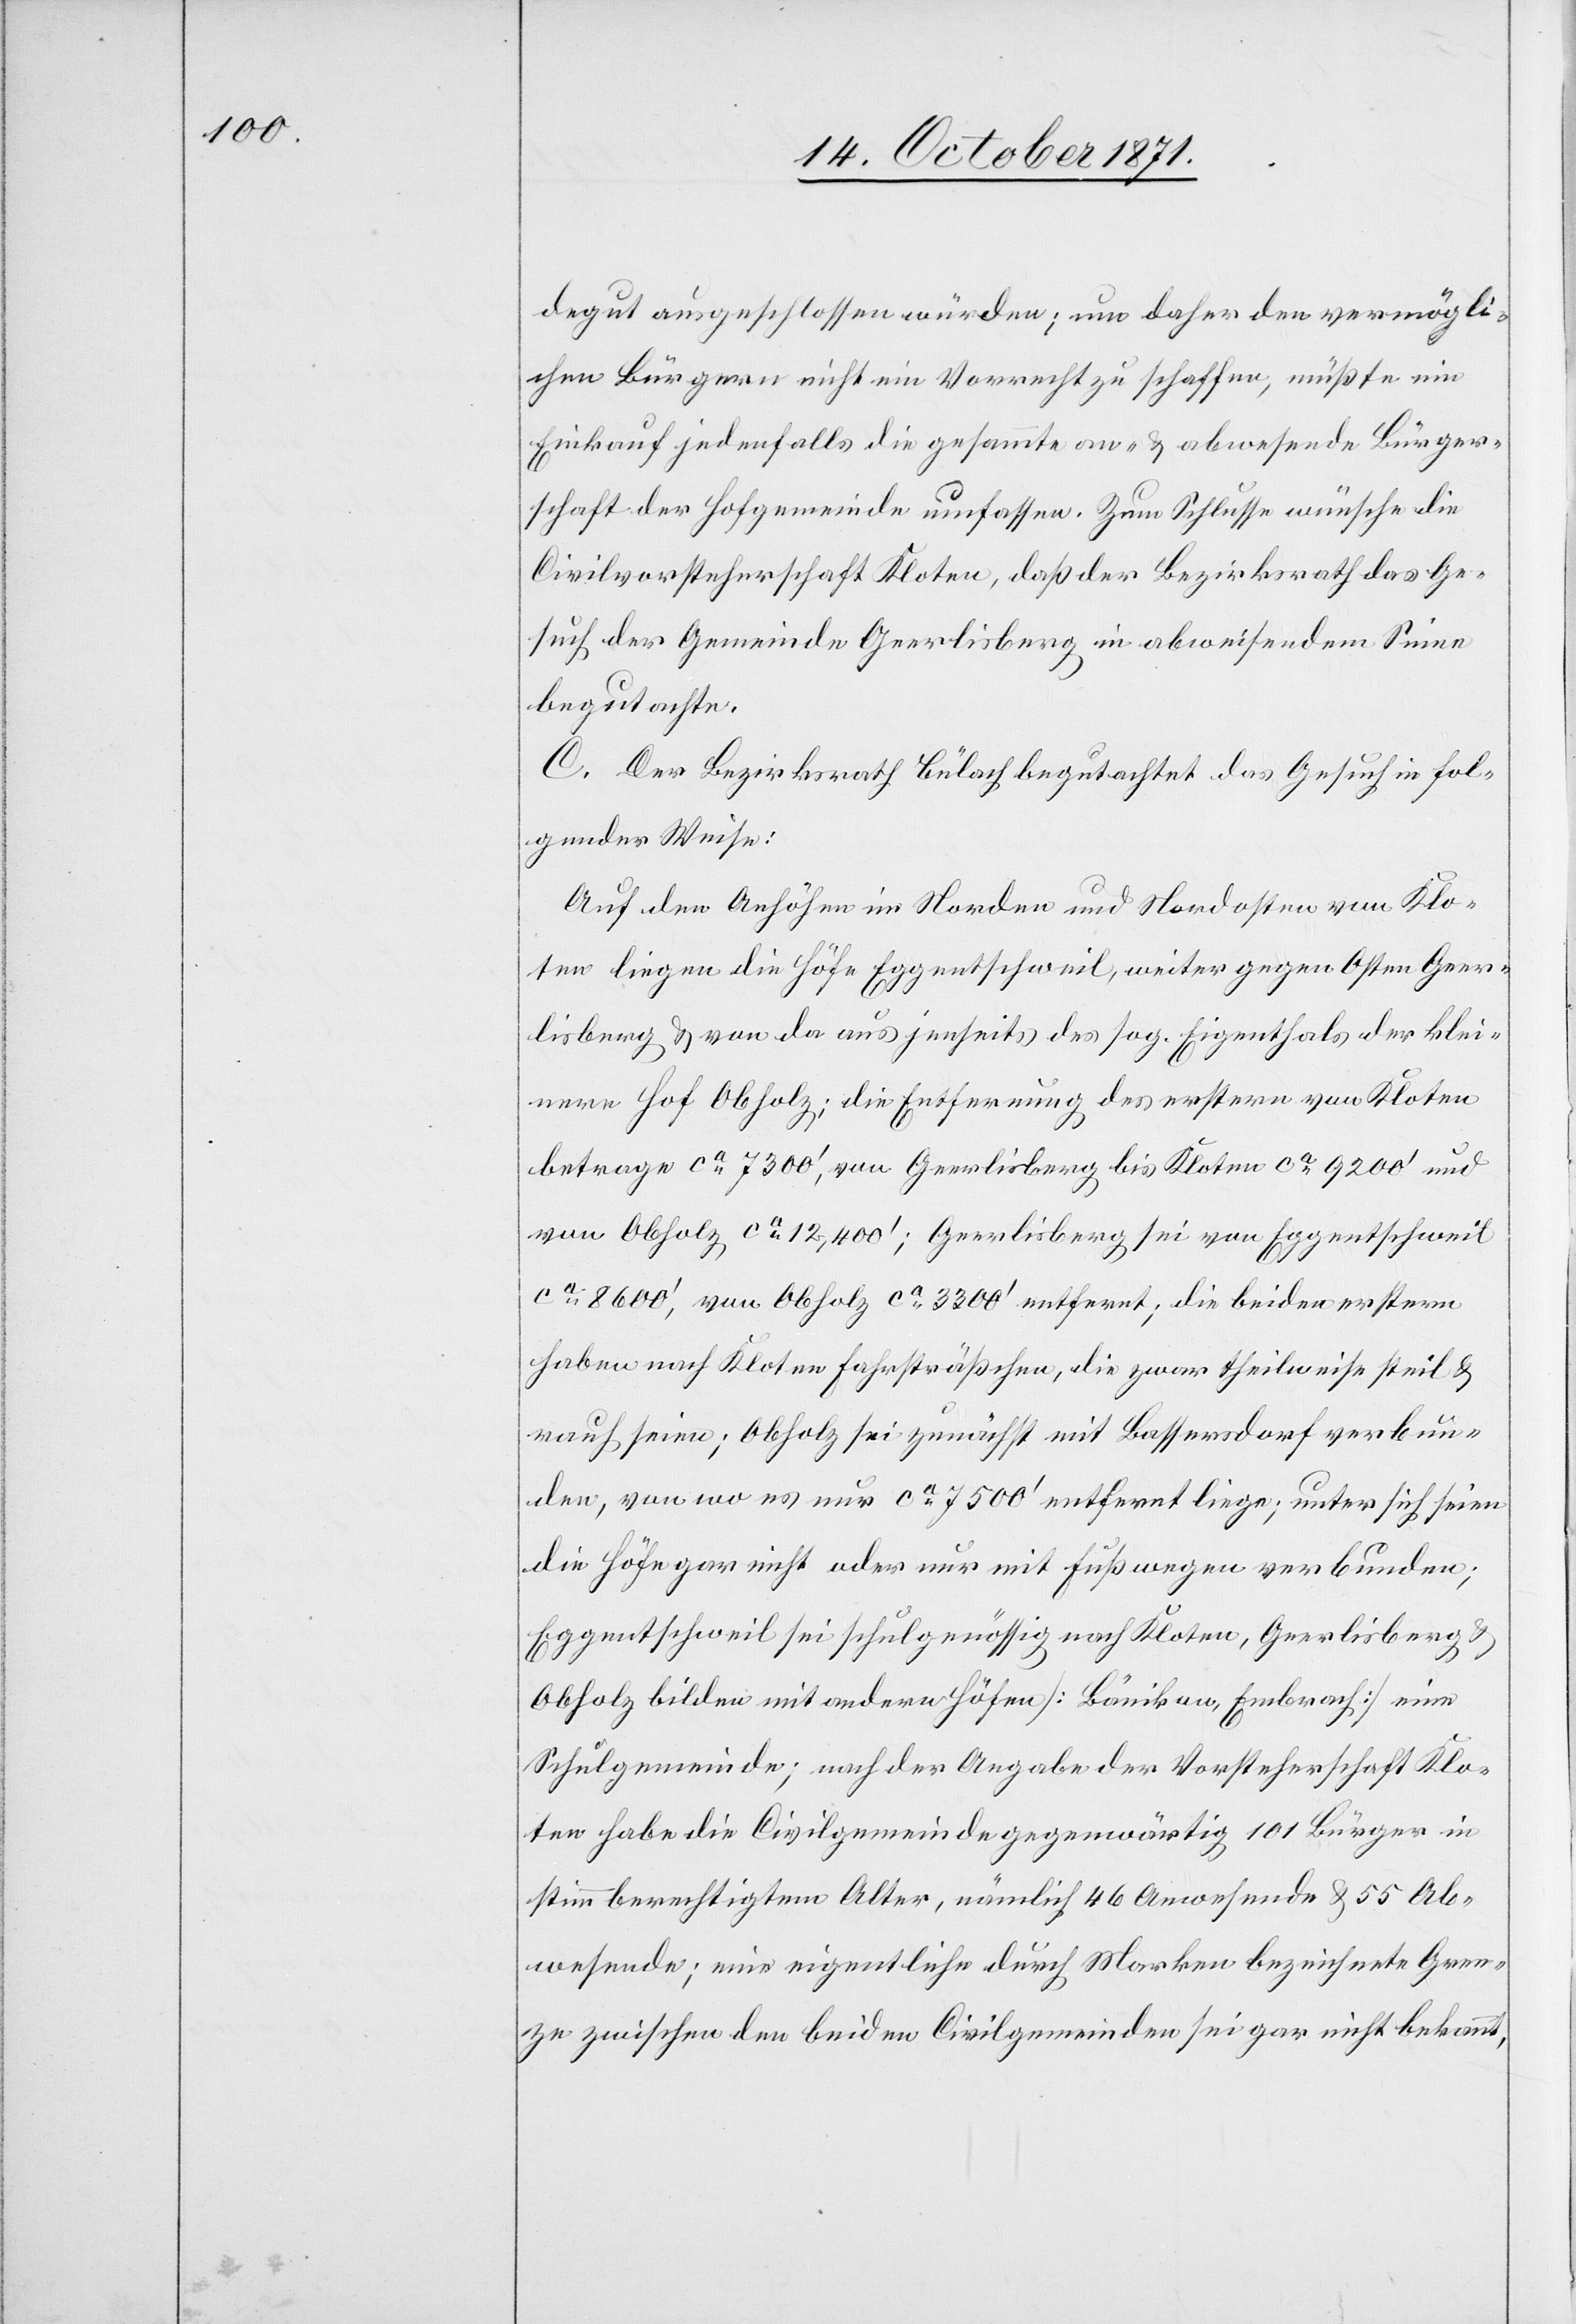
degut ausgeschlossen würden; um daher den vermögli¬
chen Bürgern nicht ein Vorrecht zu schaffen, müßte ein
Einkauf jedenfalls die gesammte an- & abwesende Bürger¬
schaft der Hofgemeinde umfassen. Zum Schlusse wünsche die
Civilvorsteherschaft Kloten, daß der Bezirksrath das Ge¬
such der Gemeinde Geerlisberg in abweisendem Sinne
begutachte.
C. Der Bezirksrath Bülach begutachtet das Gesuch in fol¬
gender Weise:
Auf den Anhöhen im Norden und Nordosten von Klo¬
ten liegen die Höfe Eggentschweil, weiter gegen Osten Geer¬
lisberg & von da aus jenseits des sog. Eigenthals der klei¬
nere Hof Obholz; die Entfernung des erstern von Kloten
betrage ca 7300’; von Geerlisberg bis Kloten ca 9200’ und
von Obholz ca 12,400’; Geerlisberg sei von Eggentschweil
ca 8600’, von Obholz ca 3300’ entfernt; die beiden erstern
haben nach Kloten Fahrsträßchen, die zwar theilweise steil &
rau seien; Obholz sei zunächst mit Bassersdorf verbun¬
den, von wo es nur ca 7500’ entfernt liege; unter sich seien
die Höfe gar nicht oder nur mit Fußwegen verbunden;
Eggentschweil sei schulgenössig nach Kloten, Geerlisberg &
Obholz bilden mit andern Höfen [Bänikon, Embrach] eine
Schulgemeinde; nach der Angabe der Vorsteherschaft Klo¬
ten habe die Civilgemeinde gegenwärtig 101 Bürger in
stimmberechtigtem Alter, nämlich 46 Anwesende & 55 Ab¬
wesende; eine eigentliche durch Marken bezeichnete Gren¬
ze zwischen den beiden Civilgemeinden sei gar nicht bekannt,